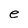
Character: e